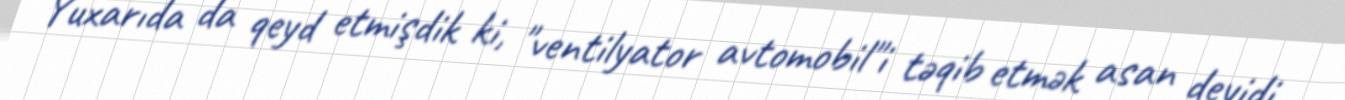
Yuxarıda da qeyd etmişdik ki, "ventilyator avtomobil"i təqib etmək asan deyidi,